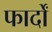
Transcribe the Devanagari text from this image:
फार्दों